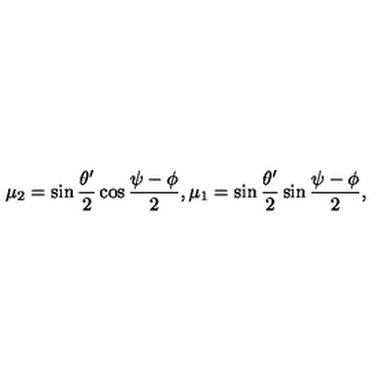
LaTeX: \mu _ { 2 } = \sin \frac { \theta ^ { \prime } } { 2 } \cos \frac { \psi - \phi } { 2 } , \mu _ { 1 } = \sin \frac { \theta ^ { \prime } } { 2 } \sin \frac { \psi - \phi } { 2 } ,